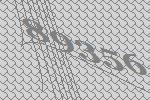
89356